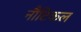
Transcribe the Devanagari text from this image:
नौटिकल